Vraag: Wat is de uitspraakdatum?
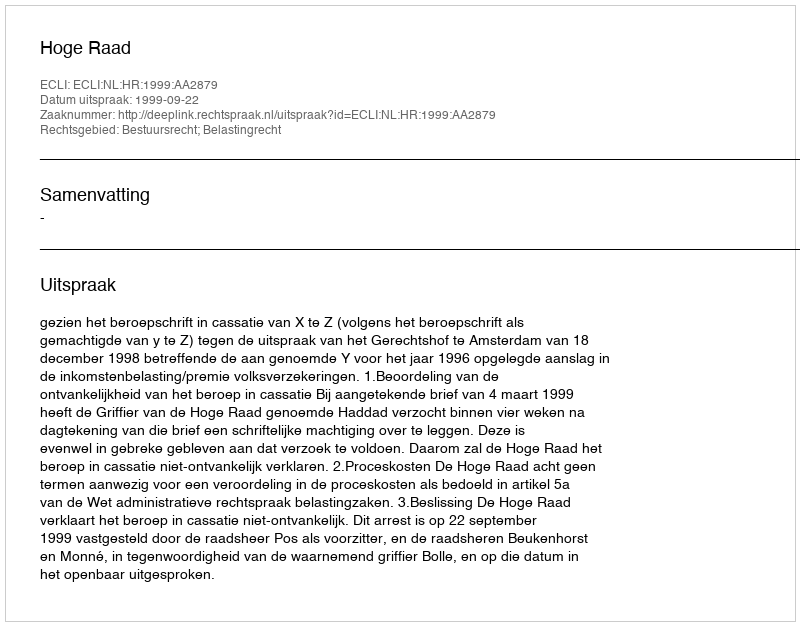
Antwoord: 1999-09-22